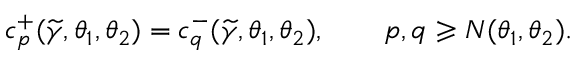
c _ { p } ^ { + } ( \widetilde { \gamma } , \theta _ { 1 } , \theta _ { 2 } ) = c _ { q } ^ { - } ( \widetilde { \gamma } , \theta _ { 1 } , \theta _ { 2 } ) , \qquad p , q \geqslant N ( \theta _ { 1 } , \theta _ { 2 } ) .